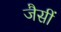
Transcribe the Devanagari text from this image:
जैसीं